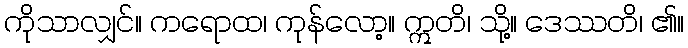
ကိုသာလျှင်။ ကရောထ၊ ကုန်လော့။ ဣတိ၊ သို့။ ဒေဿတိ၊ ၏။